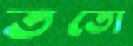
ততো